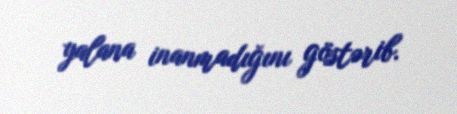
yalana inanmadığını göstərib.